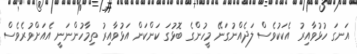
އަނގަ ހުޅުވާއިރު އެކަކުވެސް ލަދެއްނުގަނޭ މީހުންގެ ބޮޅުގަ ކަންކަން އަޅުވާއިރު ތިމާހުންނަނީ އެއަށްވުރެވެސް